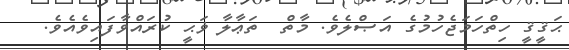
ޙަޤީޤީ ހިތްހަމަޖެހުމުގެ އަޞްލެވެ. މާތް  ތަޢާލާ ޥަޙީ ކުރައްވާފައިވެއެވެ.